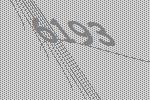
6193